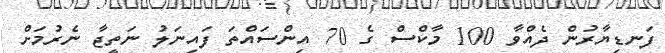
ފަނޑިޔާރުން ދެއްވާ 100 މާކްސް ގެ 70 އިންސައްތަ ފައިނަލު ނަތީޖާ ނެރުމަށް